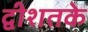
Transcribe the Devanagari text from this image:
द्वीशतके